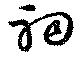
祠